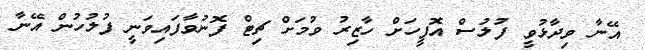
އޭނާ ވިދާޅުވީ ފުލުސް އޮފީހަށް ހާޒިރު ވުމަށް ޗިޓް ފޮނުވާފައިވަނީ ފުލުހުން އޭނާ